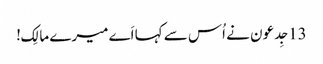
13جِدعو ن نے اُس سے کہا اَے میرے مالِک!